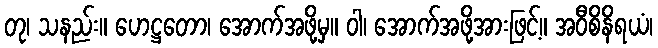
တု၊ သနည်း။ ဟေဋ္ဌတော၊ အောက်အဖို့မှ။ ဝါ၊ အောက်အဖို့အားဖြင့်။ အဝီစိနိရယံ၊